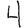
Digit: 4